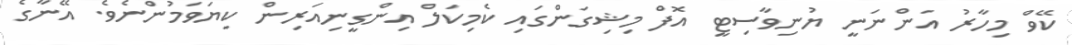
ކޭވް މިހާރު އަންނަނީ ޔުނިވާސިޓީ އޮފް މިޝިގަންގައި ކެމިކަލް އިންގީނިއަރިން ކިޔަވަމުންނެވެ. އޭނާގެ